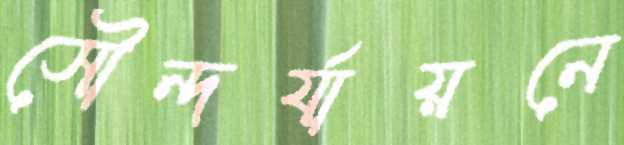
সৌন্দর্যায়নে